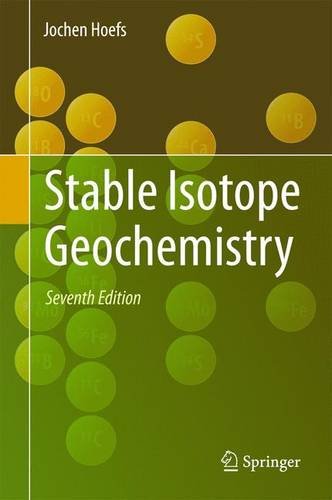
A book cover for Stable Isotope Geochemistry; Jochen Hoefs; Science & Math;